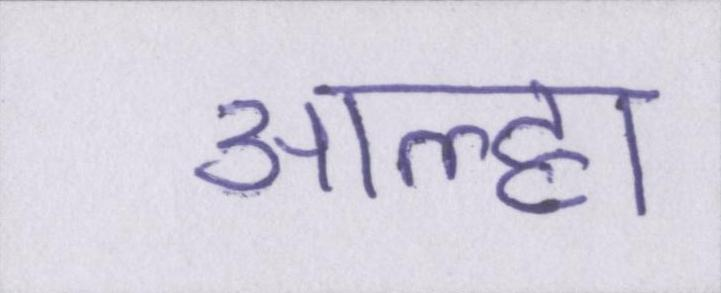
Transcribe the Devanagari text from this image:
आल्हा